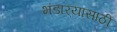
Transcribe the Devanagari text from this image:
भंडार्‍यासाठी